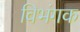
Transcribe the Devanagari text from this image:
विभंगक